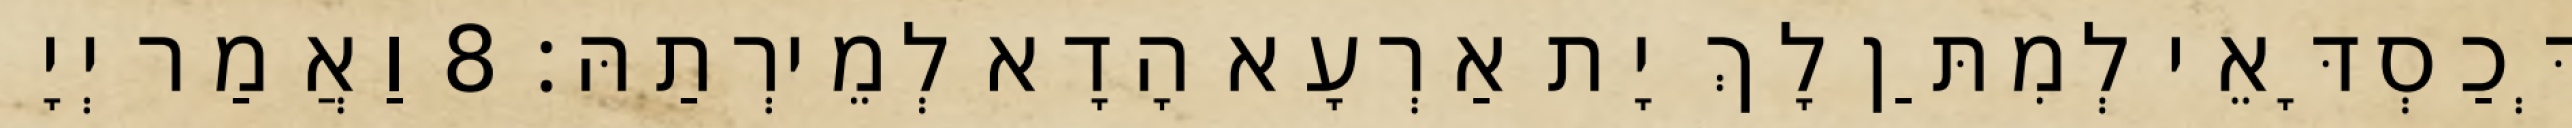
דְּכַסְדָּאֵי לְמִתַּן לָךְ יָת אַרְעָא הָדָא לְמֵירְתַהּ׃ 8 וַאֲמַר יְיָ